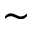
\sim